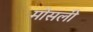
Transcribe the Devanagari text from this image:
मोसली